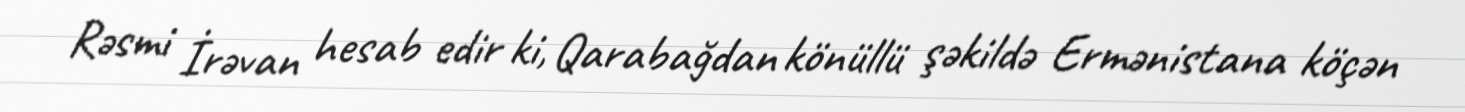
Rəsmi İrəvan hesab edir ki, Qarabağdan könüllü şəkildə Ermənistana köçən